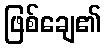
ဖြစ်ချေ၏